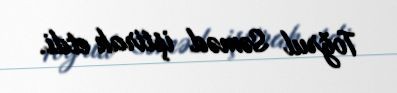
Toğrul Səməd iştirak etdi.